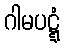
ဂါမပဋ္ဋံ